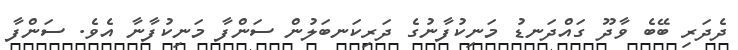
ދެދަރި ބޭބެ ވާދޫ ގައްދަނޑު މަނިކުފާނުގެ ދަރިކަނބަލުން ސަންފާ މަނިކުފާނާ އެވެ. ސަންފާ